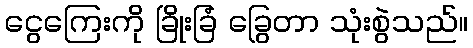
ငွေကြေးကို ခြိုးခြံ ခြွေတာ သုံးစွဲသည်။